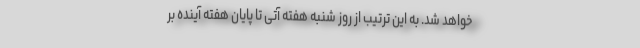
خواهد شد. به این ترتیب از روز شنبه هفته آتی تا پایان هفته آینده بر